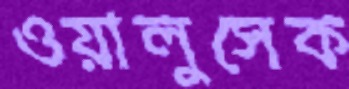
ওয়ালুসেক